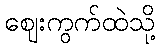
ဈေးကွက်ထဲသို့